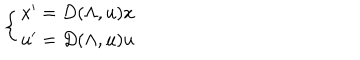
\left\{ \begin{array} { l } { { x ^ { \prime } = D ( \Lambda , u ) x } } \\ { { u ^ { \prime } = D ( \Lambda , u ) u } } \\ \end{array} \right.